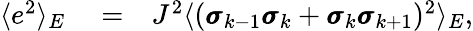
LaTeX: \begin{array}{rlr}{\langle e^{2}\rangle_{E}}&{{}=}&{J^{2}\langle(\pmb{\sigma}_{k-1}\pmb{\sigma}_{k}+\pmb{\sigma}_{k}\pmb{\sigma}_{k+1})^{2}\rangle_{E},}\end{array}